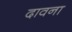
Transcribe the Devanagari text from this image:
दावना